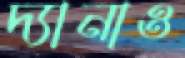
দ্যানাও